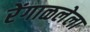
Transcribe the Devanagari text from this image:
रेंगाळलेला